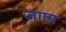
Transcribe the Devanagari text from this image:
जाएा